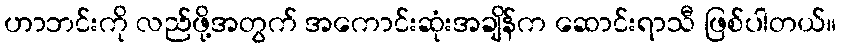
ဟာဘင်းကို လည်ဖို့အတွက် အကောင်းဆုံးအချိန်က ဆောင်းရာသီ ဖြစ်ပါတယ်။